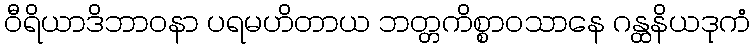
ဝီရိယာဒိဘာဝနာ ပရမဟိတာယ ဘတ္တကိစ္စာဝသာနေ ဂန္ထနိယဒုကံ